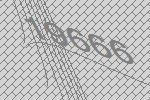
19666